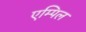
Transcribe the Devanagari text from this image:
एम्पिल